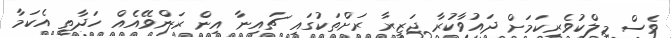
ވެސް މިލްކުވެރިކަމަށް ދައުވާކުރާ ޖަޒީރާ ރަށްތަކުގައި ޗައިނާ އިން ރަންވޭއެއް ހަދާތީ އެކަމާ